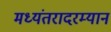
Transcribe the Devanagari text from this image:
मध्यंतरादरम्यान